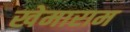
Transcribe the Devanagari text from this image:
खेमाराम